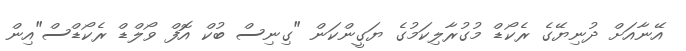
އޭނާއަށް ދުނިޔޭގެ ރެކޯޑް މުގުރާލިކަމުގެ ޔަގީންކަން "ގިނިސް ބުކް އޮފް ވޯލްޑް ރެކޯޑްސް"އިން